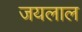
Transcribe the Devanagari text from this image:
जयलाल